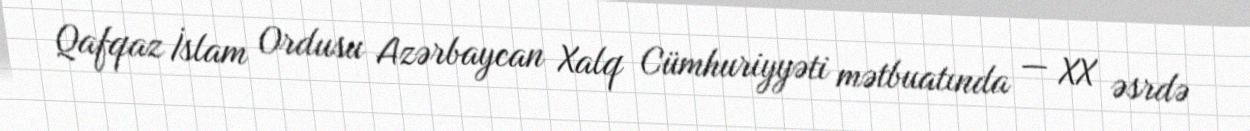
Qafqaz İslam Ordusu Azərbaycan Xalq Cümhuriyyəti mətbuatında — XX əsrdə